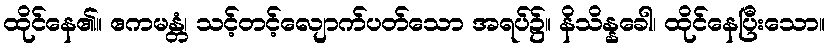
ထိုင်နေ၏။ ဧကမန္တံ၊ သင့်တင့်လျောက်ပတ်သော အရပ်၌။ နိသိန္နခေါ၊ ထိုင်နေပြီးသော။